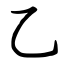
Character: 乙